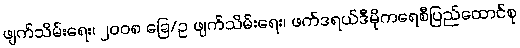
ဖျက်သိမ်းရေး၊ ၂၀၀၈ ခြေ/ဥ ဖျက်သိမ်းရေး၊ ဖက်ဒရယ်ဒီမိုကရေစီပြည်ထောင်စု